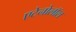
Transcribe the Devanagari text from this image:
एटेनोलॉल